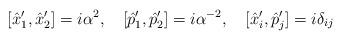
LaTeX: \begin{align*}[\hat{x}_{1}^{\prime},\hat{x}_{2}^{\prime}]=i\alpha^{2}, \hspace{0.4cm}[\hat{p}_{1}^{\prime},\hat{p}_{2}^{\prime}]=i\alpha^{-2}, \hspace{0.4cm}[\hat{x}_{i}^{\prime},\hat{p}_{j}^{\prime}]=i\delta_{ij}\end{align*}